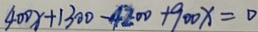
4 0 0 x + 1 3 0 0 - 4 2 0 0 + 9 0 0 x = 0